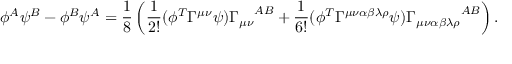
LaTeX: \phi ^ { A } \psi ^ { B } - \phi ^ { B } \psi ^ { A } = \frac { 1 } { 8 } \left( \frac { 1 } { 2 ! } ( \phi ^ { T } \Gamma ^ { \mu \nu } \psi ) { \Gamma _ { \mu \nu } } ^ { A B } + \frac { 1 } { 6 ! } ( \phi ^ { T } \Gamma ^ { \mu \nu \alpha \beta \lambda \rho } \psi ) { \Gamma _ { \mu \nu \alpha \beta \lambda \rho } } ^ { A B } \right) .